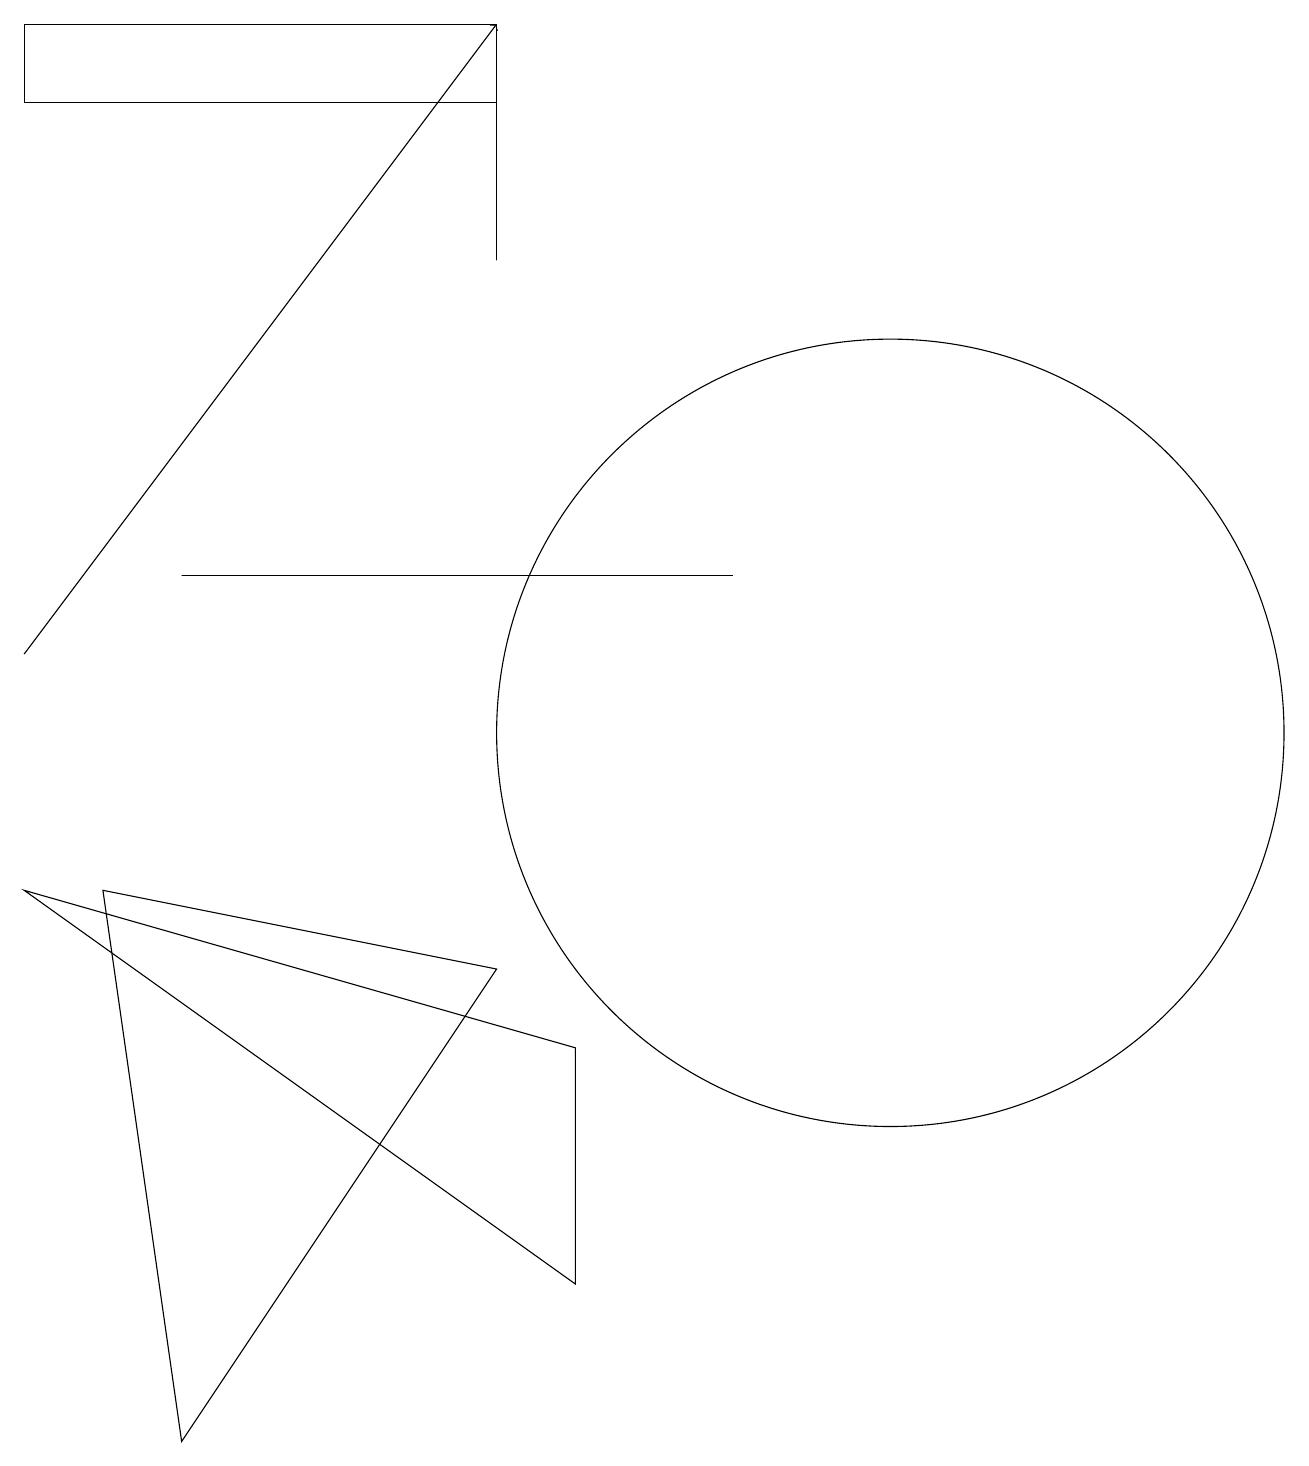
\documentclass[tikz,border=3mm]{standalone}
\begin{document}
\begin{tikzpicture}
\draw (11,10) circle (5);
\draw (6,18) rectangle (0,19);
\draw (9,12) rectangle (2,12);
\draw (7,3) -- (0,8) -- (7,6) -- cycle;
\draw (6,19) rectangle (6,16);
\draw (6,7) -- (2,1) -- (1,8) -- cycle;
\draw[->] (0,11) -- (6,19);
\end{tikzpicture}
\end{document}